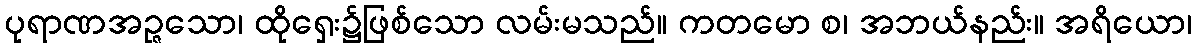
ပုရာဏအဉ္ဇသော၊ ထိုရှေး၌ဖြစ်သော လမ်းမသည်။ ကတမော စ၊ အဘယ်နည်း။ အရိယော၊